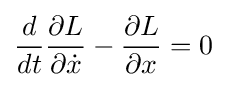
{\frac {d}{dt}}{\frac {\partial L}{\partial {\dot {x}}}}-{\frac {\partial L}{\partial x}}=0